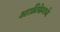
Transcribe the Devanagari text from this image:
आफ्रीकेमध्ये